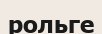
рольге